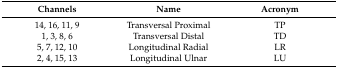
| Channels | Name | Acronym |
 | --- | --- | --- |
 | 14, 16, 11, 9 | Transversal Proximal | TP |
 | 1, 3, 8, 6 | Transversal Distal | TD |
 | 5, 7, 12, 10 | Longitudinal Radial | LR |
 | 2, 4, 15, 13 | Longitudinal Ulnar | LU |